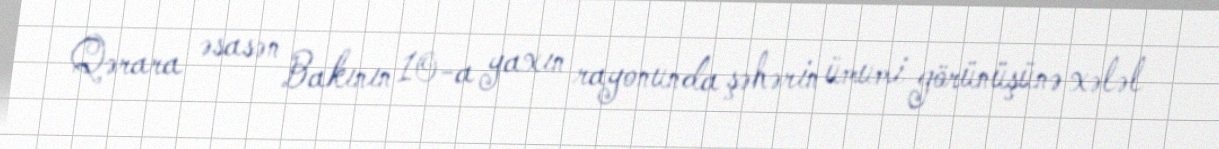
Qərara əsasən Bakının 10-a yaxın rayonunda şəhərin ümumi görünüşünə xələl